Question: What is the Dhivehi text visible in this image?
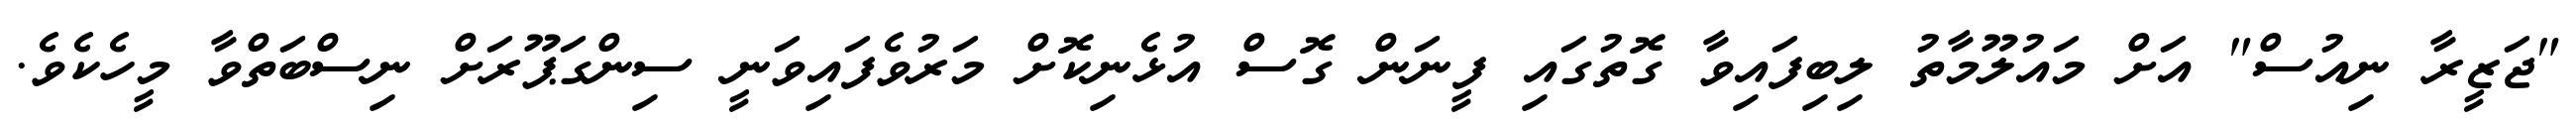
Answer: "ޖަޒީރާ ނިއުސް" އަށް މައުލޫމާތު ލިބިފައިވާ ގޮތުގައި ފީނަން ގޮސް އުޅެނިކޮށް މަރުވެފައިވަނީ ސިންގަޕޫރަށް ނިސްބަތްވާ މީހެކެވެ.